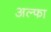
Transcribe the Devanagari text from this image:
अल्‍फा